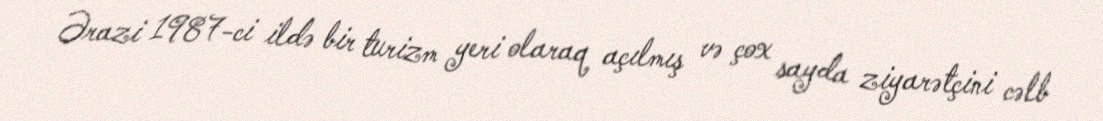
Ərazi 1987-ci ildə bir turizm yeri olaraq açılmış və çox sayda ziyarətçini cəlb